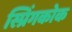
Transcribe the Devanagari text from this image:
स्प्रिंगकोक